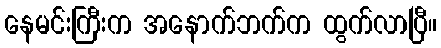
နေမင်းကြီးက အနောက်ဘက်က ထွက်လာပြီ။